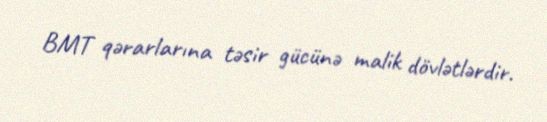
BMT qərarlarına təsir gücünə malik dövlətlərdir.